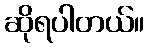
ဆိုရပါတယ်။